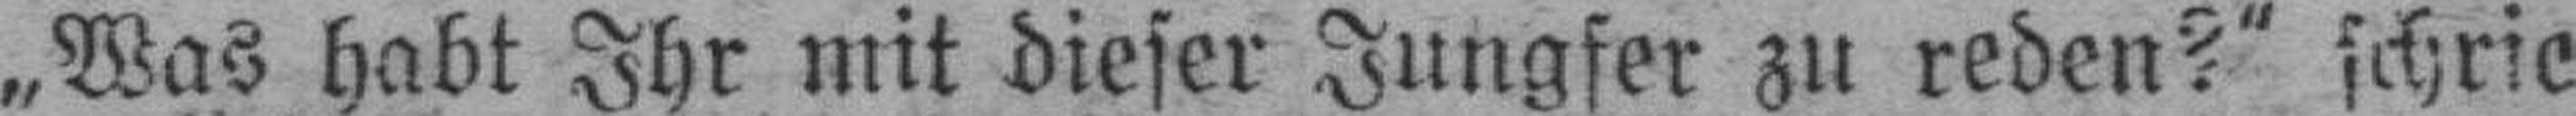
„Was habt Ihr mit dieser Jungfer zu reden?“ schrie